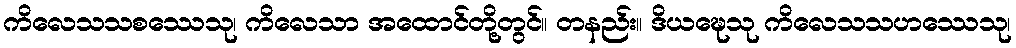
ကိလေသသစဿေသု၊ ကိလေသာ အထောင်တို့တွင်။ တနည်း။ ဒိယဍ္ဎေသု ကိလေသသဟဿေသု၊